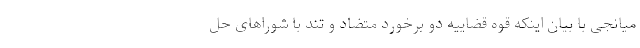
میانجی با بیان اینکه قوه قضاییه دو برخورد متضاد و تند با شوراهای حل